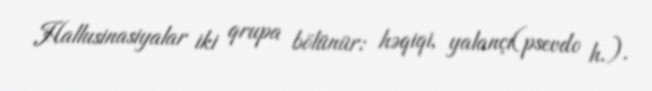
Hallusinasiyalar iki qrupa bölünür: həqiqi, yalançı(psevdo h.).